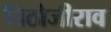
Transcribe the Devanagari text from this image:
विठोजीराव